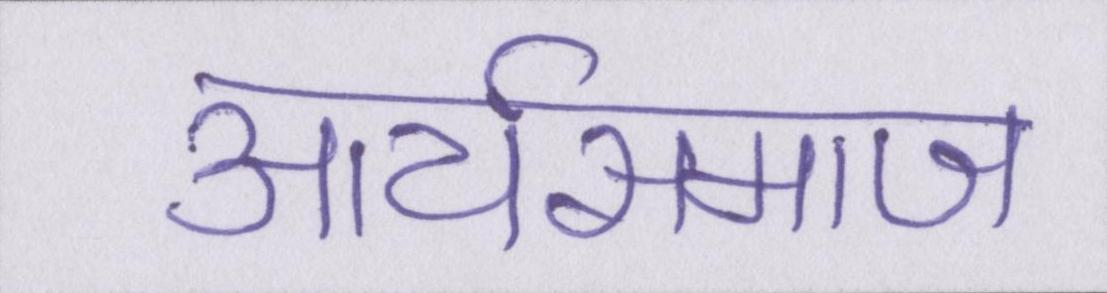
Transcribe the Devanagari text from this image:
आर्यसमाज